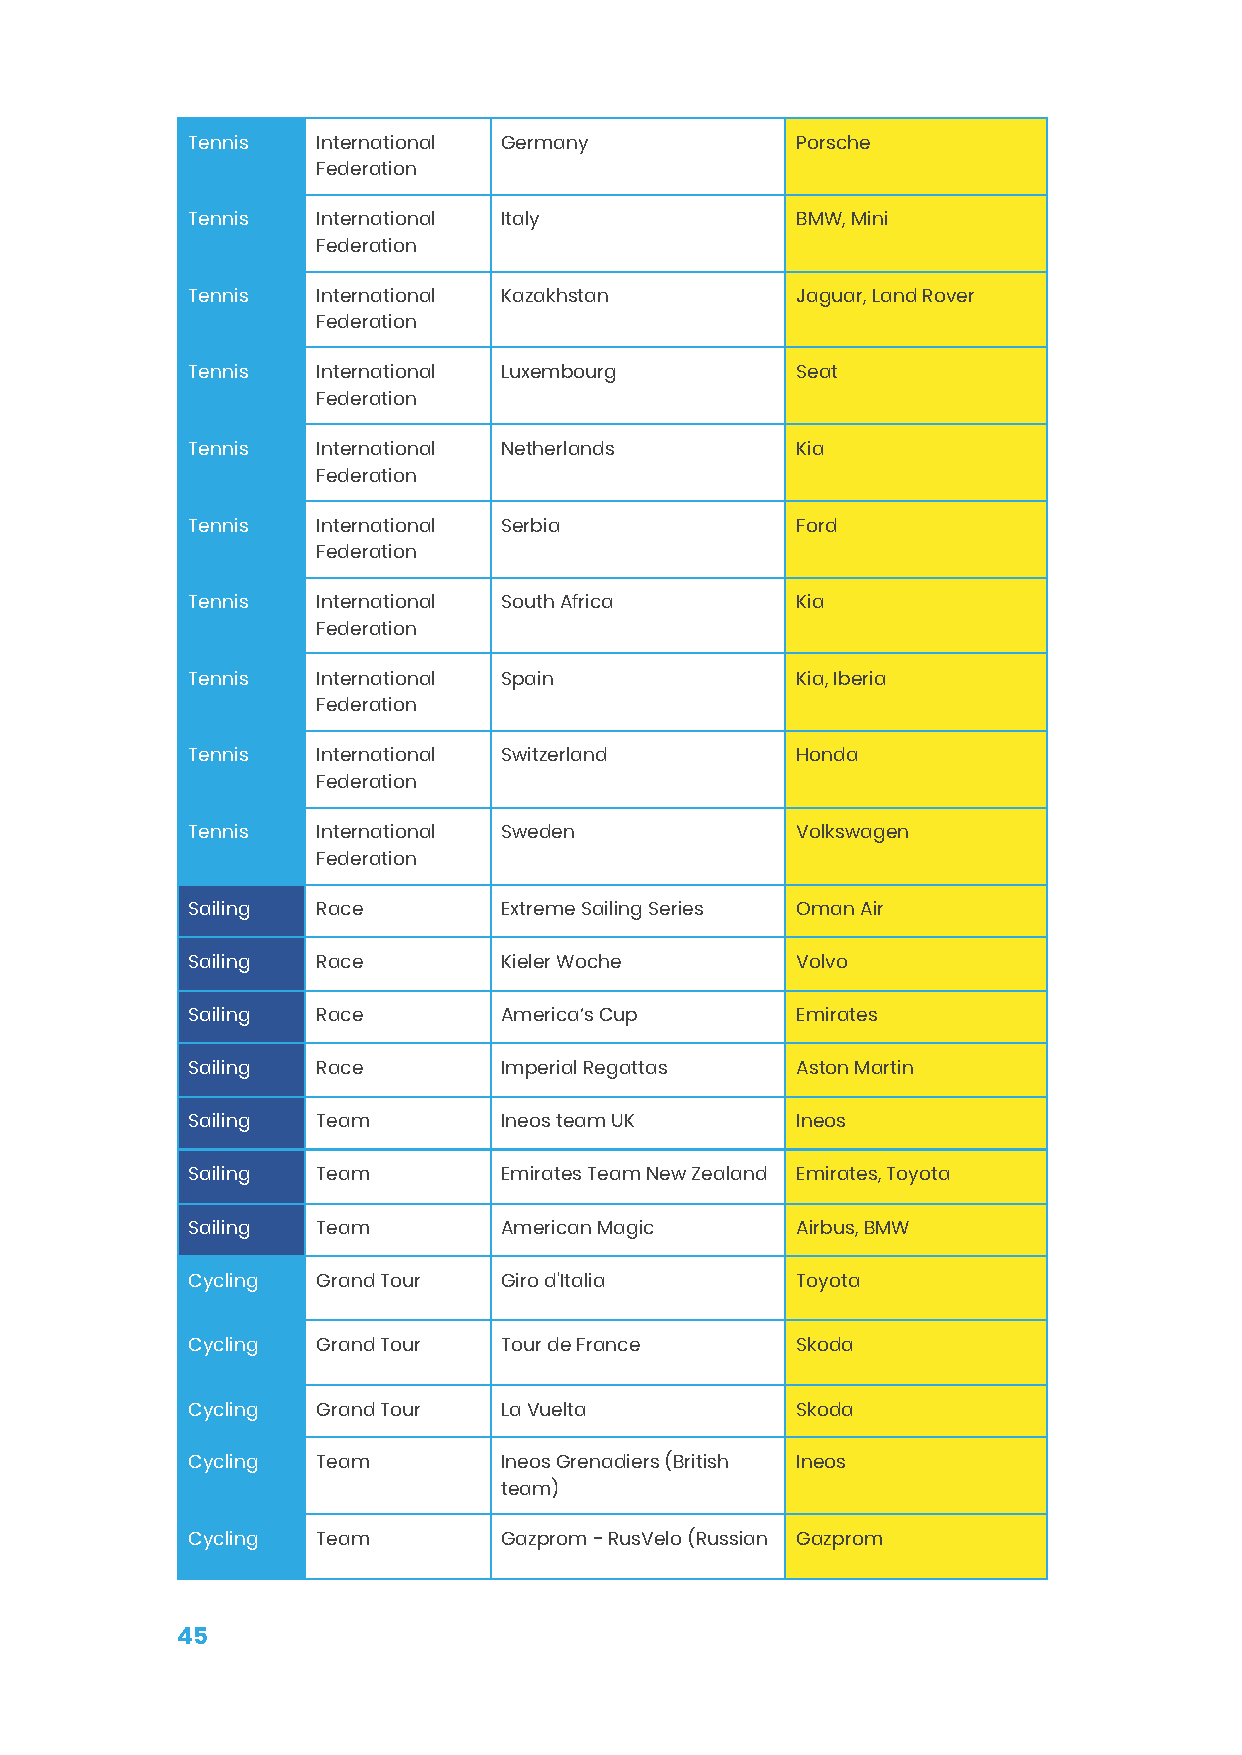
Tennis   International Germany           Porsche
 Federation
 Tennis   International Italy             BMW, Mini
 Federation
 Tennis   International Kazakhstan        Jaguar, Land Rover
 Federation
 Tennis   International Luxembourg        Seat
 Federation
 Tennis   International Netherlands       Kia
 Federation
 Tennis   International Serbia            Ford
 Federation
 Tennis   International South Africa      Kia
 Federation
 Tennis   International Spain             Kia, Iberia
 Federation
 Tennis   International Switzerland       Honda
 Federation
 Tennis   International Sweden            Volkswagen
 Federation
 Sailing  Race        Extreme Sailing Series Oman Air
 Sailing  Race        Kieler Woche        Volvo
 Sailing  Race        America’s Cup       Emirates
 Sailing  Race        Imperial Regattas   Aston Martin
 Sailing  Team        Ineos team UK       Ineos
 Sailing  Team        Emirates Team New Zealand Emirates, Toyota
 Sailing  Team        American Magic      Airbus, BMW
 Cycling  Grand Tour  Giro d'Italia       Toyota
 Cycling  Grand Tour  Tour de France      Skoda
 Cycling  Grand Tour  La Vuelta           Skoda
 Cycling  Team        Ineos Grenadiers (British Ineos
 team)
 Cycling  Team        Gazprom - RusVelo (Russian Gazprom
 45